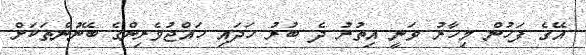
އޭގެ ފަހުން މިހާރު ވަނީ އިތުރު ދެ ބުރު ހަދައި ހައްޖުވެރިންގެ ބޭނުންތަކަށް